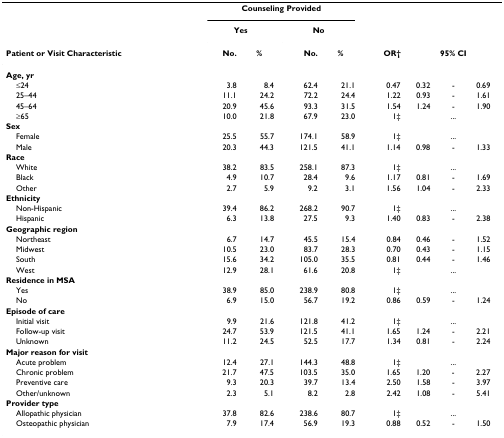
<table><thead><tr><td></td><td colspan="4"><b>Counseling Provided</b></td><td></td><td></td><td></td><td></td></tr><tr><td></td><td colspan="2"><b>Yes</b></td><td colspan="2"><b>No</b></td><td></td><td></td><td></td><td></td></tr><tr><td><b>Patient or Visit Characteristic</b></td><td><b>No.</b></td><td><b>%</b></td><td><b>No.</b></td><td><b>%</b></td><td><b>OR† </b></td><td colspan="3"><b>95% CI</b></td></tr></thead><tbody><tr><td><b>Age, yr</b></td><td></td><td></td><td></td><td></td><td></td><td></td><td></td><td></td></tr><tr><td> ≤24</td><td>3.8</td><td>8.4</td><td>62.4</td><td>21.1</td><td>0.47</td><td>0.32</td><td>-</td><td>0.69</td></tr><tr><td> 25–44</td><td>11.1</td><td>24.2</td><td>72.2</td><td>24.4</td><td>1.22</td><td>0.93</td><td>-</td><td>1.61</td></tr><tr><td> 45–64</td><td>20.9</td><td>45.6</td><td>93.3</td><td>31.5</td><td>1.54</td><td>1.24</td><td>-</td><td>1.90</td></tr><tr><td> ≥65</td><td>10.0</td><td>21.8</td><td>67.9</td><td>23.0</td><td>1‡</td><td></td><td>...</td><td></td></tr><tr><td><b>Sex</b></td><td></td><td></td><td></td><td></td><td></td><td></td><td></td><td></td></tr><tr><td> Female</td><td>25.5</td><td>55.7</td><td>174.1</td><td>58.9</td><td>1‡</td><td></td><td>...</td><td></td></tr><tr><td> Male</td><td>20.3</td><td>44.3</td><td>121.5</td><td>41.1</td><td>1.14</td><td>0.98</td><td>-</td><td>1.33</td></tr><tr><td><b>Race</b></td><td></td><td></td><td></td><td></td><td></td><td></td><td></td><td></td></tr><tr><td> White</td><td>38.2</td><td>83.5</td><td>258.1</td><td>87.3</td><td>1‡</td><td></td><td>...</td><td></td></tr><tr><td> Black</td><td>4.9</td><td>10.7</td><td>28.4</td><td>9.6</td><td>1.17</td><td>0.81</td><td>-</td><td>1.69</td></tr><tr><td> Other</td><td>2.7</td><td>5.9</td><td>9.2</td><td>3.1</td><td>1.56</td><td>1.04</td><td>-</td><td>2.33</td></tr><tr><td><b>Ethnicity</b></td><td></td><td></td><td></td><td></td><td></td><td></td><td></td><td></td></tr><tr><td> Non-Hispanic</td><td>39.4</td><td>86.2</td><td>268.2</td><td>90.7</td><td>1‡</td><td></td><td>...</td><td></td></tr><tr><td> Hispanic</td><td>6.3</td><td>13.8</td><td>27.5</td><td>9.3</td><td>1.40</td><td>0.83</td><td>-</td><td>2.38</td></tr><tr><td><b>Geographic region</b></td><td></td><td></td><td></td><td></td><td></td><td></td><td></td><td></td></tr><tr><td> Northeast</td><td>6.7</td><td>14.7</td><td>45.5</td><td>15.4</td><td>0.84</td><td>0.46</td><td>-</td><td>1.52</td></tr><tr><td> Midwest</td><td>10.5</td><td>23.0</td><td>83.7</td><td>28.3</td><td>0.70</td><td>0.43</td><td>-</td><td>1.15</td></tr><tr><td> South</td><td>15.6</td><td>34.2</td><td>105.0</td><td>35.5</td><td>0.81</td><td>0.44</td><td>-</td><td>1.46</td></tr><tr><td> West</td><td>12.9</td><td>28.1</td><td>61.6</td><td>20.8</td><td>1‡</td><td></td><td>...</td><td></td></tr><tr><td><b>Residence in MSA</b></td><td></td><td></td><td></td><td></td><td></td><td></td><td></td><td></td></tr><tr><td> Yes</td><td>38.9</td><td>85.0</td><td>238.9</td><td>80.8</td><td>1‡</td><td></td><td>...</td><td></td></tr><tr><td> No</td><td>6.9</td><td>15.0</td><td>56.7</td><td>19.2</td><td>0.86</td><td>0.59</td><td>-</td><td>1.24</td></tr><tr><td><b>Episode of care</b></td><td></td><td></td><td></td><td></td><td></td><td></td><td></td><td></td></tr><tr><td> Initial visit</td><td>9.9</td><td>21.6</td><td>121.8</td><td>41.2</td><td>1‡</td><td></td><td>...</td><td></td></tr><tr><td> Follow-up visit</td><td>24.7</td><td>53.9</td><td>121.5</td><td>41.1</td><td>1.65</td><td>1.24</td><td>-</td><td>2.21</td></tr><tr><td> Unknown</td><td>11.2</td><td>24.5</td><td>52.5</td><td>17.7</td><td>1.34</td><td>0.81</td><td>-</td><td>2.24</td></tr><tr><td><b>Major reason for visit</b></td><td></td><td></td><td></td><td></td><td></td><td></td><td></td><td></td></tr><tr><td> Acute problem</td><td>12.4</td><td>27.1</td><td>144.3</td><td>48.8</td><td>1‡</td><td></td><td>...</td><td></td></tr><tr><td> Chronic problem</td><td>21.7</td><td>47.5</td><td>103.5</td><td>35.0</td><td>1.65</td><td>1.20</td><td>-</td><td>2.27</td></tr><tr><td> Preventive care</td><td>9.3</td><td>20.3</td><td>39.7</td><td>13.4</td><td>2.50</td><td>1.58</td><td>-</td><td>3.97</td></tr><tr><td> Other/unknown</td><td>2.3</td><td>5.1</td><td>8.2</td><td>2.8</td><td>2.42</td><td>1.08</td><td>-</td><td>5.41</td></tr><tr><td><b>Provider type</b></td><td></td><td></td><td></td><td></td><td></td><td></td><td></td><td></td></tr><tr><td> Allopathic physician</td><td>37.8</td><td>82.6</td><td>238.6</td><td>80.7</td><td>1‡</td><td></td><td>...</td><td></td></tr><tr><td> Osteopathic physician</td><td>7.9</td><td>17.4</td><td>56.9</td><td>19.3</td><td>0.88</td><td>0.52</td><td>-</td><td>1.50</td></tr></tbody></table>